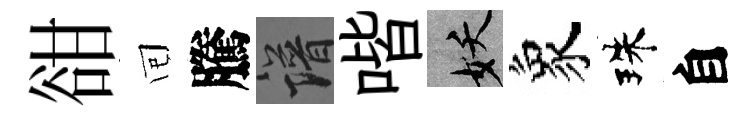
𧮳囘騰譜喈妖象珠自